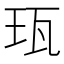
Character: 珁